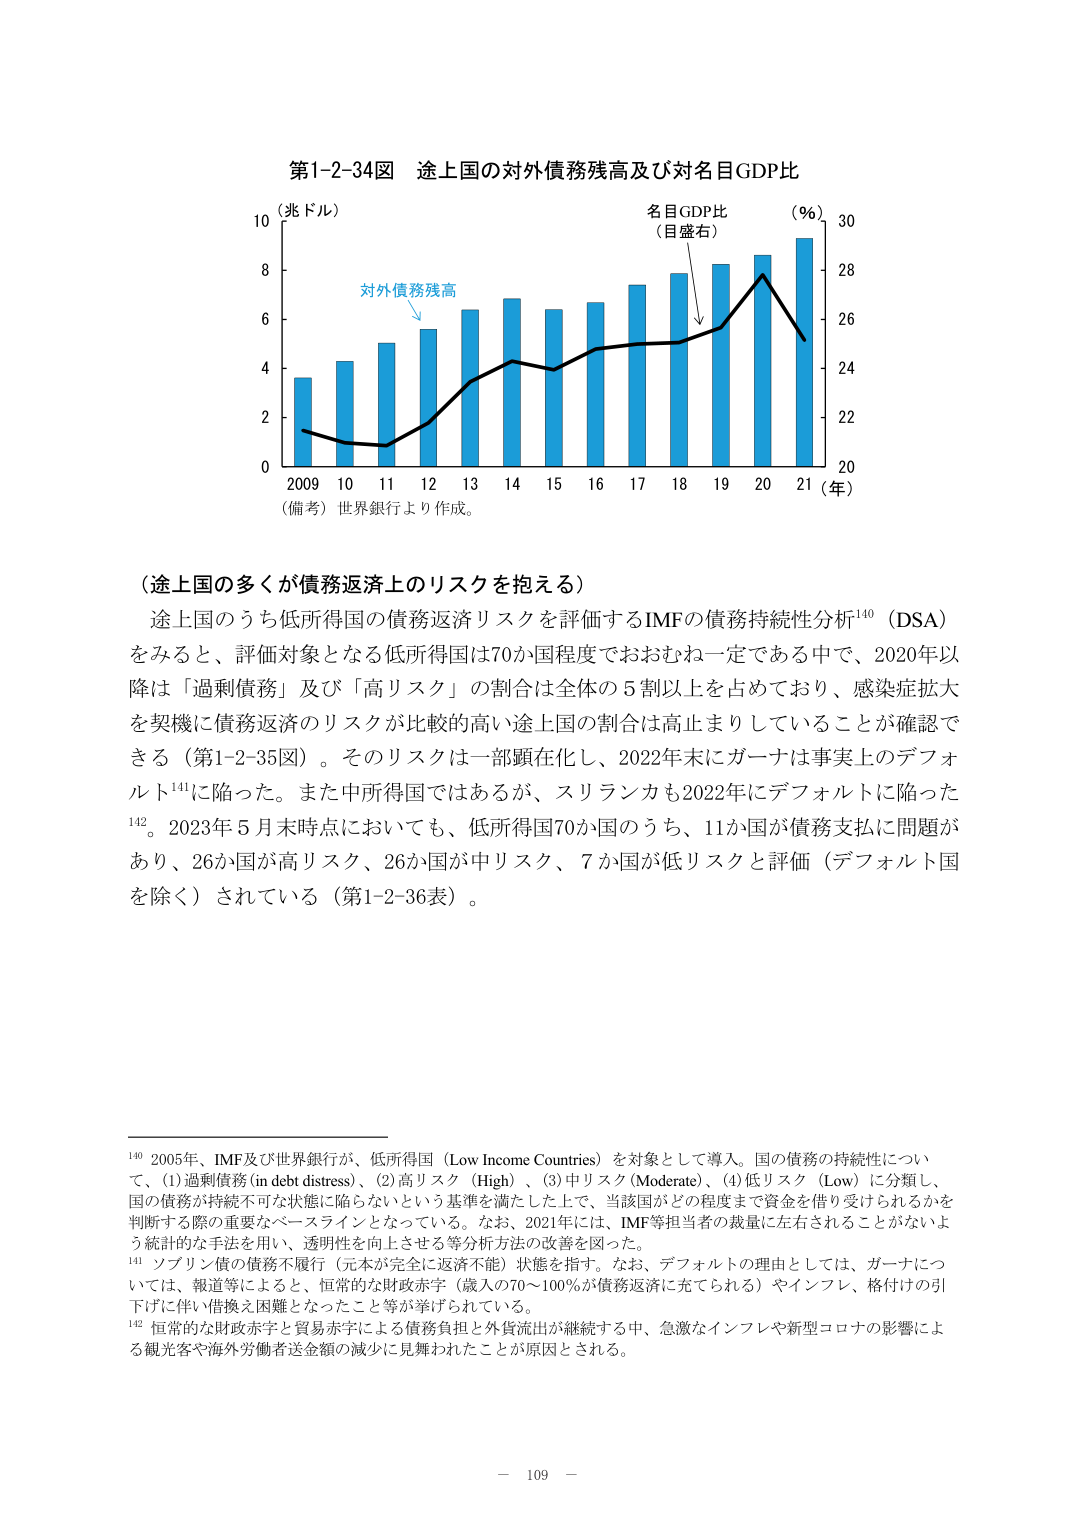
第1-2-34図 途上国の対外債務残高及び対名目GDP比

（兆ドル）
対外債務残高
名目GDP比
（目盛右）
（％）
2009 10 11 12 13 14 15 16 17 18 19 20 21（年）
（備考）世界銀行より作成。

（途上国の多くが債務返済上のリスクを抱える）
途上国のうち低所得国の債務返済リスクを評価するIMFの債務持続性分析¹⁴⁰（DSA）をみると、評価対象となる低所得国は70か国程度でおおむね一定である中で、2020年以降は「過剰債務」及び「高リスク」の割合は全体の5割以上を占めており、感染症拡大を契機に債務返済のリスクが比較的高い途上国の割合は高止まりしていることが確認できる（第1-2-35図）。そのリスクは一部顕在化し、2022年末にガーナは事実上のデフォルト¹⁴¹に陥った。また中所得国ではあるが、スリランカも2022年にデフォルトに陥った¹⁴²。2023年5月末時点においても、低所得国70か国のうち、11か国が債務支払に問題があり、26か国が高リスク、26か国が中リスク、7か国が低リスクと評価（デフォルト国を除く）されている（第1-2-36表）。

¹⁴⁰ 2005年、IMF及び世界銀行が、低所得国（Low Income Countries）を対象として導入。国の債務の持続性について、(1)過剰債務(in debt distress)、(2)高リスク（High）、(3)中リスク（Moderate）、(4)低リスク（Low）に分類し、国の債務が持続不可能な状態に陥らないという基準を満たした上で、当該国がどの程度まで資金を借り受けられるかを判断する際の重要なベースラインとなっている。なお、2021年には、IMF等担当者の裁量に左右されことがないよう統計的な手法を用い、透明性を向上させる等分析方法の改善を図った。
¹⁴¹ ソブリン債の債務不履行（元本が完全に返済不能）状態を指す。なお、デフォルトの理由としては、ガーナについては、報道等によると、恒常的な財政赤字（歳入の70～100％が債務返済に充てられる）やインフレ、格付けの引下げに伴い借換え困難となったこと等が挙げられている。
¹⁴² 恒常的な財政赤字と貿易赤字による債務負担と外貨流出が継続する中、急激なインフレや新型コロナの影響による観光客や海外労働者送金額の減少に見舞われたことが原因とされる。

－ 109 －